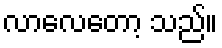
လာလေတော့ သည်။